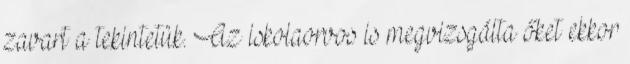
zavart a tekintetük. Az iskolaorvos is megvizsgálta őket ekkor